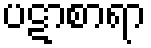
ပဋာစာရာ